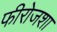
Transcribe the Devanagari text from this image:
फीरोजशा